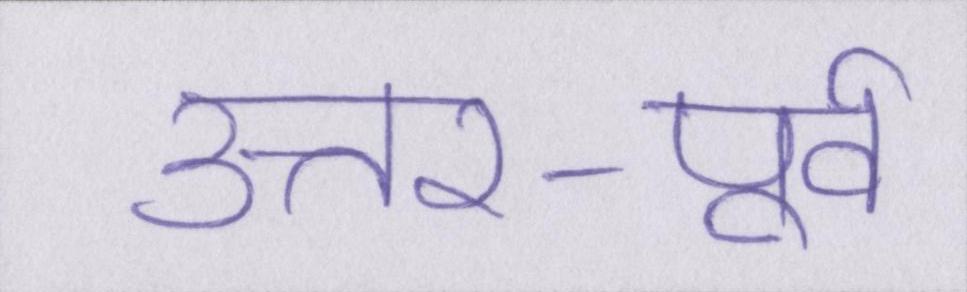
उत्तर-पूर्व